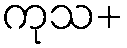
ကုသ+